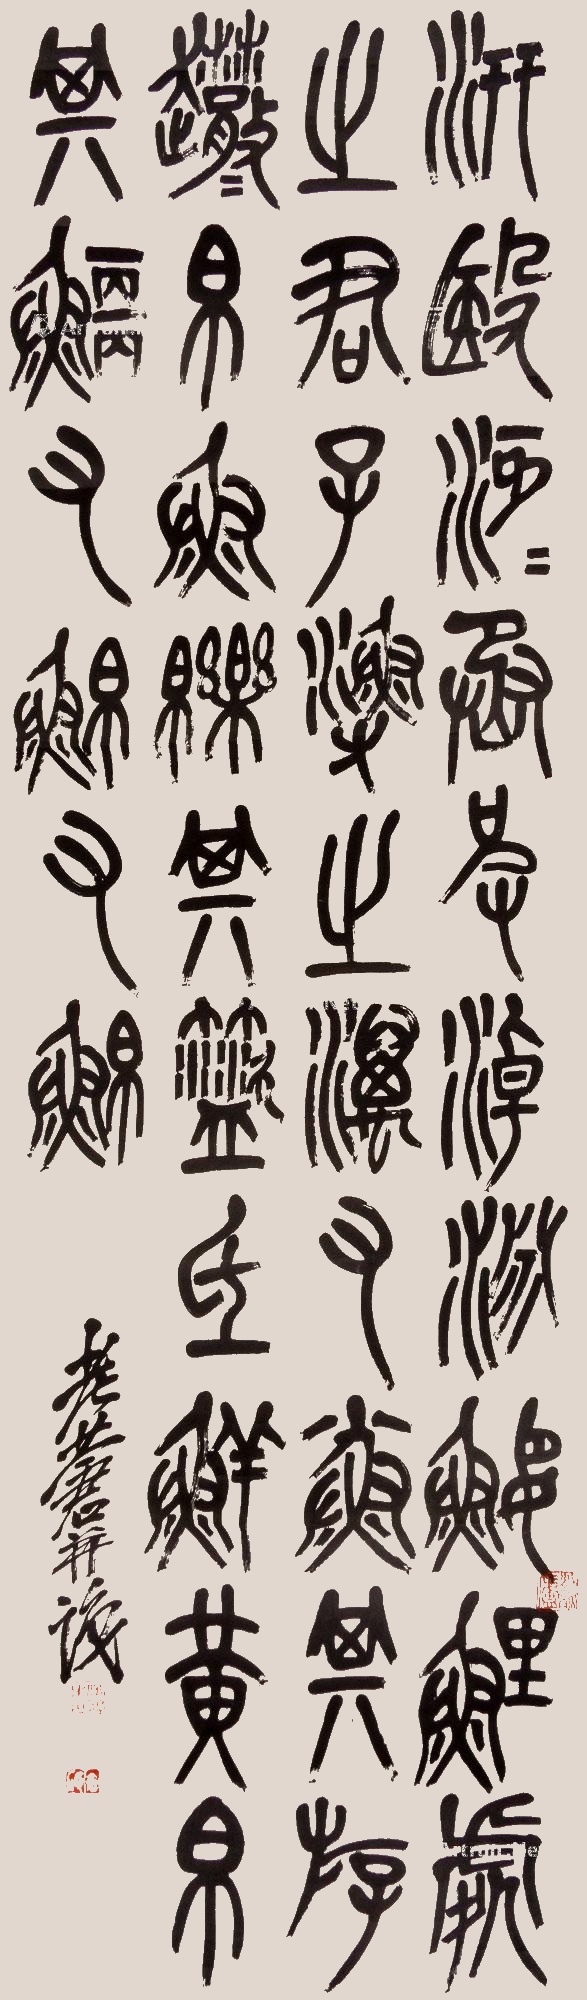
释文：汧殹沔沔。丞丞彼淖渊。□鲤处之。君子渔之。𪵱有小鱼。其游□□。伯鱼皪皪。其跳氐鲜。黄白其翩。有鳑有□。老苍并□。